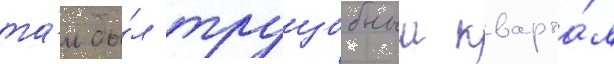
та́м бы́л трущобныи кварта́л